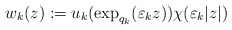
\begin{align*}w_{k}(z):=u_{k}(\exp_{q_{k}}(\varepsilon_{k}z))\chi(\varepsilon_{k}|z|)\end{align*}